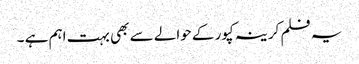
یہ فلم کرینہ کپور کے حوالے سے بھی بہت اہم ہے ۔